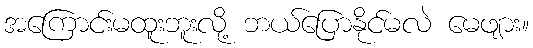
အကြောင်းမထူးဘူးလို့ ဘယ်ပြောနိုင်မလဲ မေဖျား။